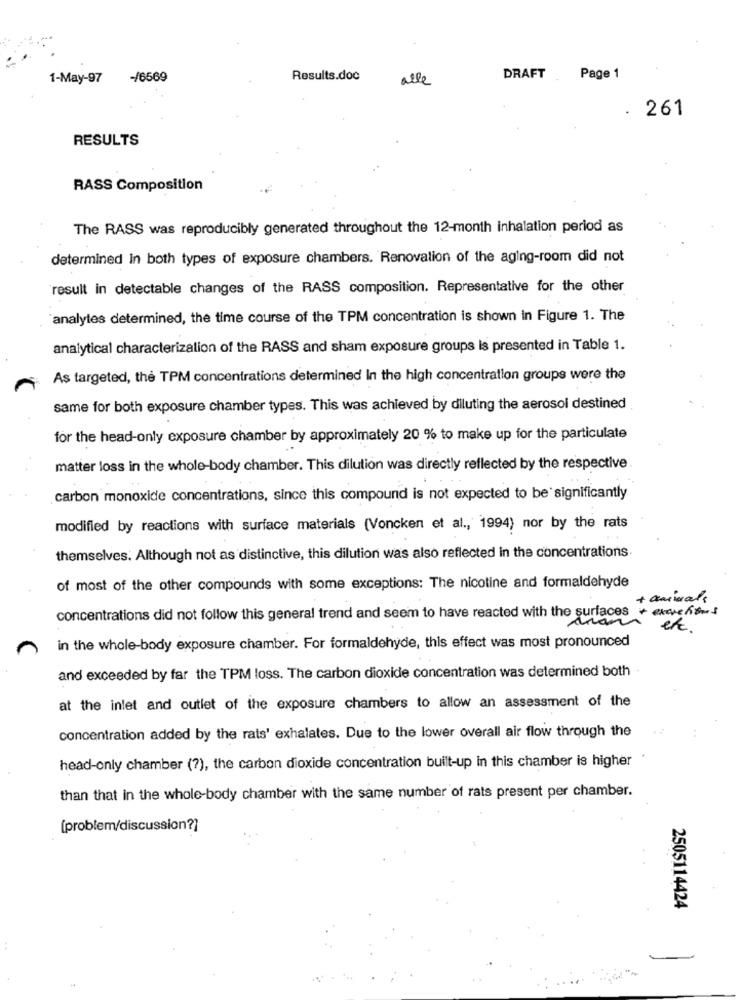
1-May-97
-/6569
Results.doc
alle
DRAFT Page 1
.
261
RESULTS
RASS Composition
The RASS was reproducibly generated throughout the 12-month inhalation period as
determined In both types of exposure chambers. Renovation of the aging-room did not
result in detectable changes of the RASS composition. Representative for the other
analytes determined, the time course of the TPM concentration is shown in Figure 1. The
analytical characterization of the RASS and sham exposure groups Is presented in Table 1.
As targeted, the TPM concentrations determined In the high concentration groups were the
same for both exposure chamber types. This was achieved by diluting the aerosol destined
for the head-only exposure chamber by approximately 20 % to make up for the particulate
matter loss in the whole-body chamber. This dilution was directly reflected by the respective
carbon monoxide concentrations, since this compound is not expected to be significantly
modified by reactions with surface materials (Voncken et al ., 1994) nor by the rats
themselves. Although not as distinctive, this dilution was also reflected in the concentrations
of most of the other compounds with some exceptions: The nicotine and formaldehyde
+ animals
concentrations did not follow this general trend and seem to have reacted with the surfaces
excretions
non
in the whole-body exposure chamber. For formaldehyde, this effect was most pronounced
and exceeded by far the TPM loss. The carbon dioxide concentration was determined both
at the inlet and outlet of the exposure chambers to allow an assessment of the
concentration added by the rats' exhalates. Due to the lower overall air flow through the
head-only chamber (?), the carbon dioxide concentration built-up in this chamber is higher
than that in the whole-body chamber with the same number of rats present per chamber.
[problem/discussion?]
2505114424